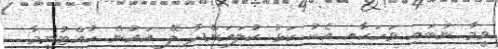
ވީމާ ނުބައި ވަހަކާއި އެކު ކަޅު ކުލައަށްދާ ލޭ އައުން ހުއްޓުނީމާ